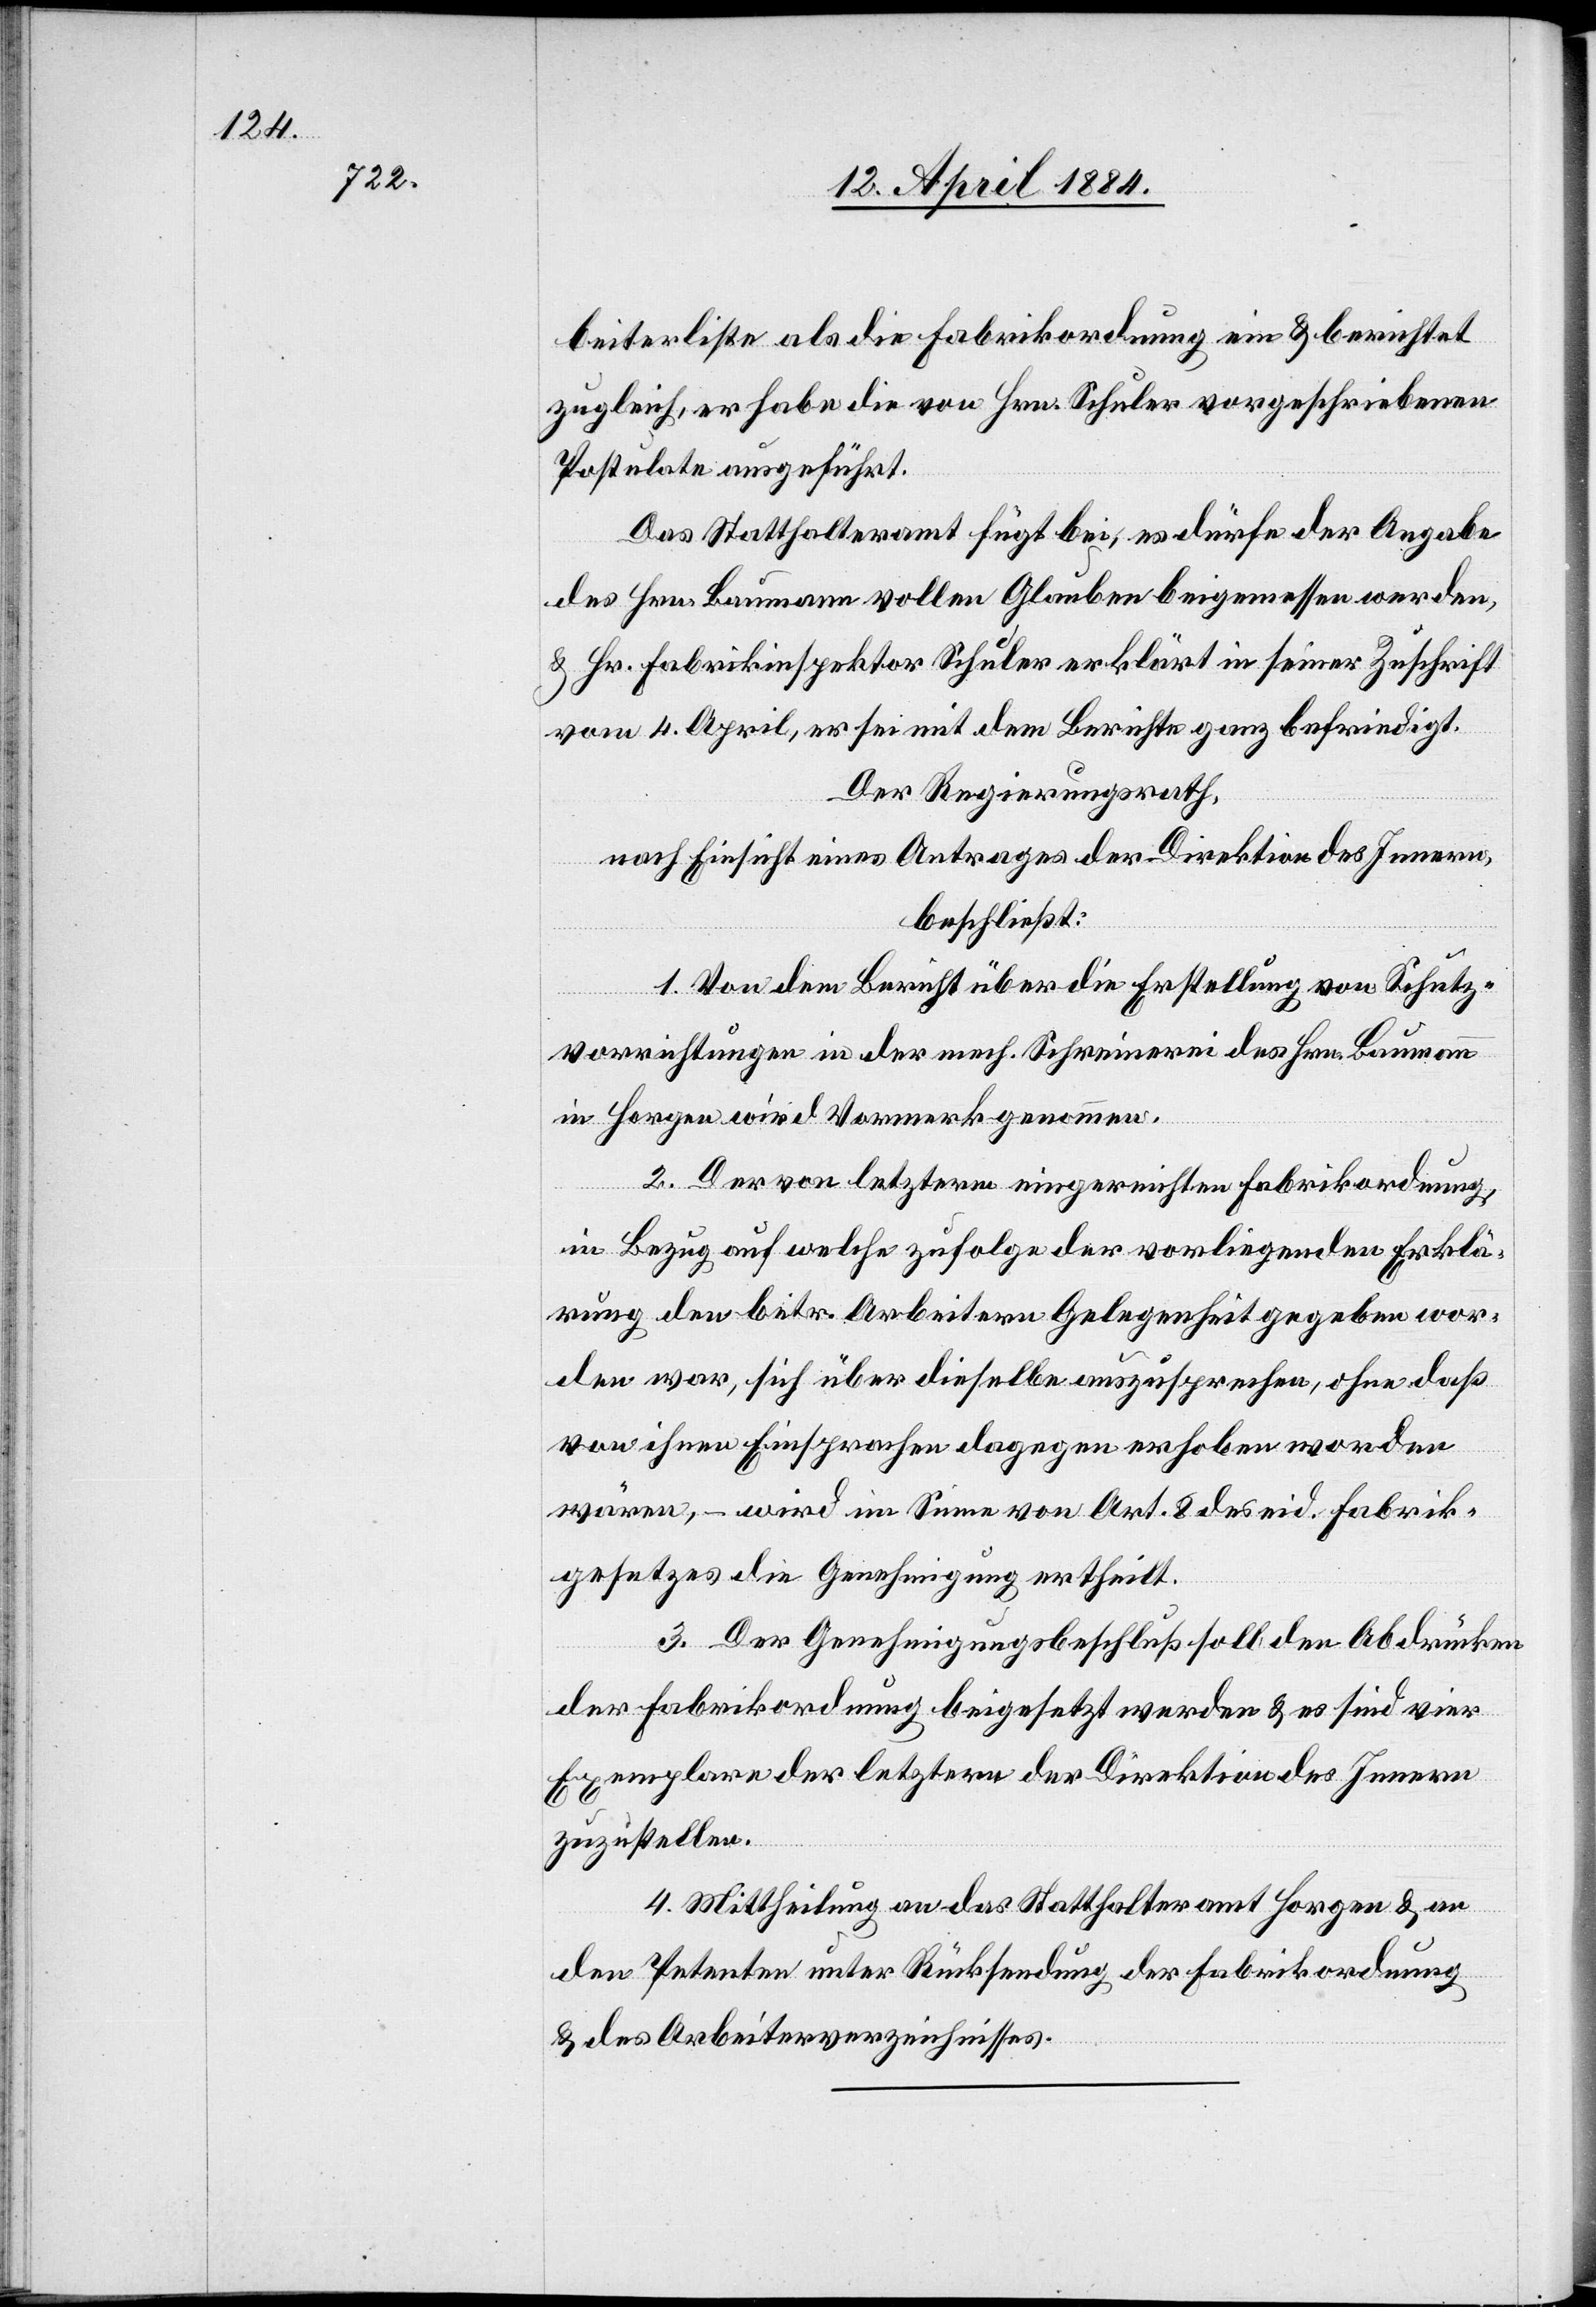
beiterliste als die Fabrikordnung ein & berichtet
zugleich, er habe die von Hrn. Schuler vorgeschriebenen
Postulate ausgeführt.
Das Statthalteramt fügt bei, es dürfe der Angabe
des Hrn. Baumann vollen Glauben beigemessen werden,
& Hr. Fabrikinspektor Schuler erklärt in seiner Zuschrift
vom 4. April, er sei mit dem Berichte ganz befriedigt.
Der Regierungsrath,
nach Einsicht eines Antrages der Direktion des Innern,
beschließt:
1. Von dem Bericht über die Erstellung von Schutz¬
vorrichtungen in der mech. Schreinerei des Hrn. Baumann
in Horgen wird Vormerk genommen.
2. Der von letzterm eingereichten Fabrikordnung,
in Bezug auf welche zufolge der vorliegenden Erklä¬
rung den betr. Arbeitern Gelegenheit gegeben wor¬
den war, sich über dieselbe auszusprechen, ohne daß
von ihnen Einsprache dagegen erhoben worden
wären, – wird im Sinne von Art. 8 des eid. Fabrik¬
gesetzes die Genehmigung ertheilt.
3. Der Genehmigungsbeschluß soll den Abdrücken
der Fabrikordnung beigesetzt werden & es sind vier
Exemplare der letztern der Direktion des Innern
zuzustellen.
4. Mittheilung an das Statthalteramt Horgen & an
den Petenten unter Rücksendung der Fabrikordnung
& des Arbeiterverzeichnisses.